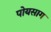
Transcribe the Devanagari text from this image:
पोयसाग